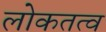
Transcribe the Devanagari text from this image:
लोकतत्‍व